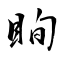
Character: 眴